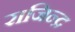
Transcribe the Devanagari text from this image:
राजिन्द्र